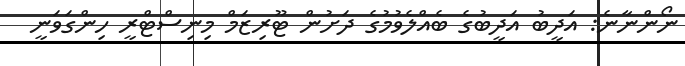
ނޯންނާނެ: އަދީބު އަދީބުގެ ބެއްލެވުމުގެ ދަށުން ޓޫރިޒަމް މިނިސްޓްރީ ހިންގަވަނީ